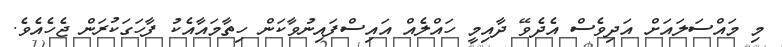
މި މައްސަލައަށް އަދިވެސް އެދެވޭ ދާއިމީ ހައްލެއް އައިސްފައިނުވާކަން ހިތާމައާއެކު ފާހަގަކުރަން ޖެހެއެވެ.